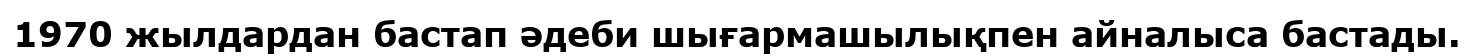
1970 жылдардан бастап әдеби шығармашылықпен айналыса бастады.